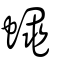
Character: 蠅